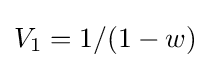
V_{1}=1/(1-w)